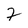
Character: F